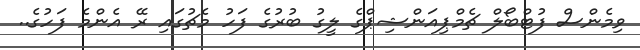
ވިމެންސް ފުޓްބޯލް ޗެމްޕިއަންޝިޕްގެ ލީގު ބުރުގެ ފަހު މެޗުގައި ރޭ އެންމެ ފަހުގެ..